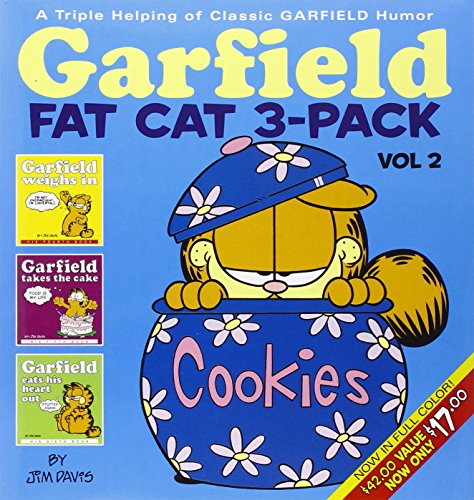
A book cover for Garfield Fat Cat 3-Pack, Vol. 2: A Triple Helping of Classic Garfield Humor; Jim Davis; Comics & Graphic Novels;